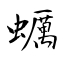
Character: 蠣